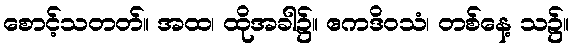
စောင့်သတတ်။ အထ၊ ထိုအခါ၌။ ဧကဒိဝသံ၊ တစ်နေ့ သ၌။